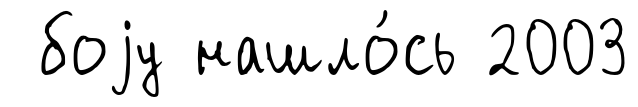
боjу нашло́сь 2003